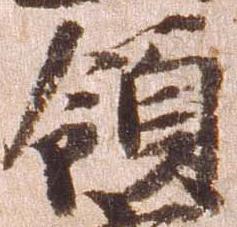
領